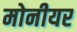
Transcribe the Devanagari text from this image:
मोनीयर